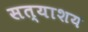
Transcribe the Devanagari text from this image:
सत्याशय